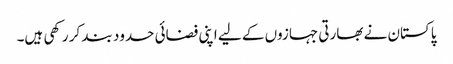
پاکستان نے بھارتی جہازوں کے لیے اپنی فضائی حدود بند کر رکھی ہیں۔